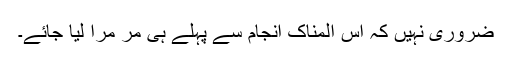
ضروری نہیں کہ اس المناک انجام سے پہلے ہی مر مرا لیا جائے۔